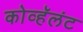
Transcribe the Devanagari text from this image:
कोव्हॅलंट